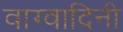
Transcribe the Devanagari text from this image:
वाग्वादिनी